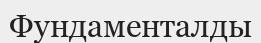
Фундаменталды